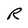
Character: R